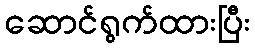
ဆောင်ရွက်ထားပြီး